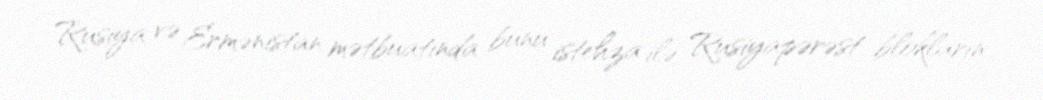
Rusiya və Ermənistan mətbuatında bunu istehza ilə Rusiyapərəst blokların